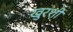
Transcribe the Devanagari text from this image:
खुरशी